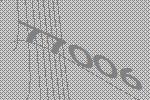
77006